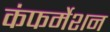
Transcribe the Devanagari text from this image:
कंफर्मेशन